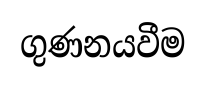
ගුණනයවීම